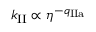
k _ { \mathrm { I I } } \propto \eta ^ { - q _ { \mathrm { I I a } } }